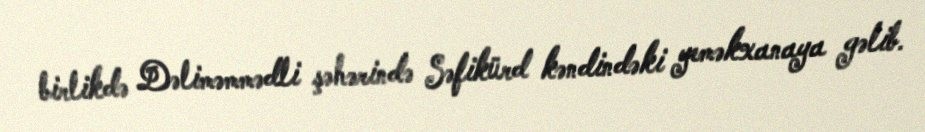
birlikdə Dəliməmmədli şəhərində Səfikürd kəndindəki yeməkxanaya gəlib.